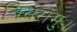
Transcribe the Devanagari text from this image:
बिसरामु॥